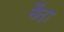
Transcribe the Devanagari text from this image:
गैंदा